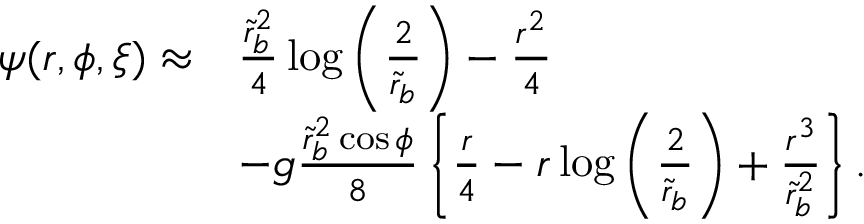
\begin{array} { r l } { \psi ( r , \phi , \xi ) \approx } & { \frac { \tilde { r } _ { b } ^ { 2 } } { 4 } \log \left( \frac { 2 } { \tilde { r } _ { b } } \right) - \frac { r ^ { 2 } } { 4 } } \\ & { - g \frac { \tilde { r } _ { b } ^ { 2 } \cos \phi } { 8 } \left\{ \frac { r } { 4 } - r \log \left( \frac { 2 } { \tilde { r } _ { b } } \right) + \frac { r ^ { 3 } } { \tilde { r } _ { b } ^ { 2 } } \right\} . } \end{array}